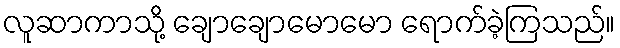
လူဆာကာသို့ ချောချောမောမော ရောက်ခဲ့ကြသည်။